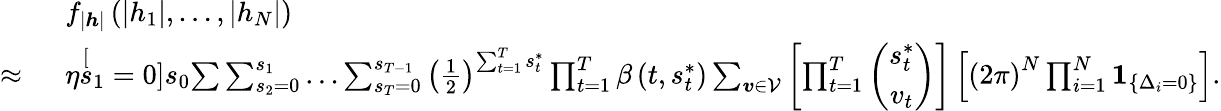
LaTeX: \begin{array}{rl}&{f_{\left|\boldsymbol{h}\right|}\left(\left|h_{1}\right|,\ldots,\left|h_{N}\right|\right)}\\ {\approx~}&{\eta\stackrel[s_{1}=0]{s_{0}}{\sum}\sum_{s_{2}=0}^{s_{1}}\ldots\sum_{s_{T}=0}^{s_{T-1}}\left(\frac{1}{2}\right)^{\sum_{t=1}^{T}s_{t}^{*}}\prod_{t=1}^{T}\beta\left(t,s_{t}^{*}\right)\sum_{\boldsymbol{v}\in\mathcal{V}}\left[\prod_{t=1}^{T}\left(\begin{array}{c}{s_{t}^{*}}\\ {v_{t}}\end{array}\right)\right]\left[\left(2\pi\right)^{N}\prod_{i=1}^{N}\boldsymbol{1}_{\left\{ \Delta_{i}=0\right\} }\right].}\end{array}